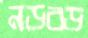
নড়বড়